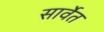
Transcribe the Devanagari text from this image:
सार्वेत